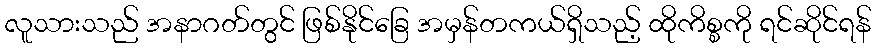
လူသားသည် အနာဂတ်တွင် ဖြစ်နိုင်ခြေ အမှန်တကယ်ရှိသည့် ထိုကိစ္စကို ရင်ဆိုင်ရန်